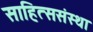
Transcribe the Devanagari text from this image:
साहित्ससंस्था